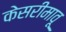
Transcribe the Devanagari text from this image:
केसरीमावू